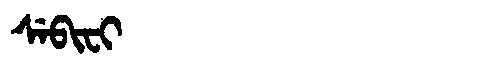
Manchu: ᠰᡝᠪᡳᠸᡳ
Romanization: SEBIFI